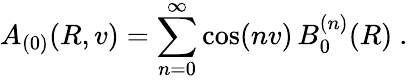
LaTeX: A_{(0)}(R,v)=\sum_{n=0}^{\infty}\cos(nv)\, B_{0}^{(n)}(R)\ .